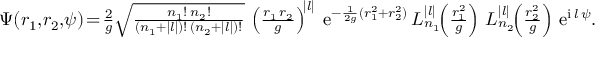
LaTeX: \Psi ( r _ { 1 } , \! r _ { 2 } , \! \psi ) \! = \! { \textstyle \frac { 2 } { g } \sqrt { \frac { n _ { 1 } ! \: n _ { 2 } ! } { ( n _ { 1 } + | l | ) ! \, ( n _ { 2 } + | l | ) ! } } } \, \left( { \textstyle \frac { r _ { 1 } \, r _ { 2 } } { g } } \right) ^ { \! | l | } \: \mathrm { e } ^ { - \frac { 1 } { 2 g } ( r _ { 1 } ^ { 2 } + r _ { 2 } ^ { 2 } ) } \, L _ { n _ { 1 } } ^ { | l | } \! \! \left( { \textstyle \frac { r _ { 1 } ^ { 2 } } { g } } \right) \, L _ { n _ { 2 } } ^ { | l | } \! \! \left( { \textstyle \frac { r _ { 2 } ^ { 2 } } { g } } \right) \, \mathrm { e } ^ { \mathrm { i } \, l \, \psi } .